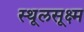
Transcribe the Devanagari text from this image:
स्थूलसूक्ष्म